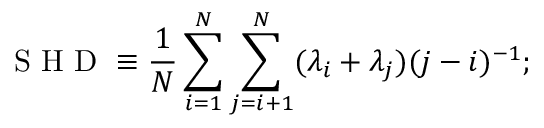
\mathrm { ~ S ~ H ~ D ~ } \equiv \frac { 1 } { N } \sum _ { i = 1 } ^ { N } \sum _ { j = i + 1 } ^ { N } ( \lambda _ { i } + \lambda _ { j } ) ( j - i ) ^ { - 1 } ;